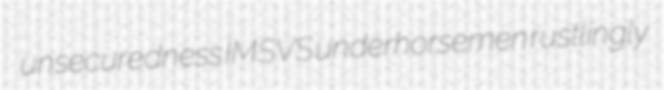
unsecuredness IMSVS underhorsemen rustlingly